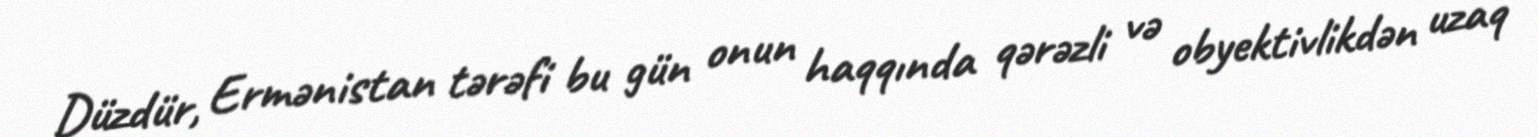
Düzdür, Ermənistan tərəfi bu gün onun haqqında qərəzli və obyektivlikdən uzaq